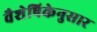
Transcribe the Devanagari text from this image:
वैशेषिकेनुसार